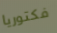
فكتوريا